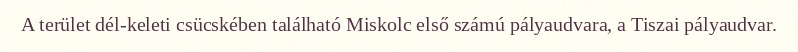
A terület dél-keleti csücskében található Miskolc első számú pályaudvara, a Tiszai pályaudvar.